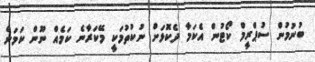
ބުނުމުން ސުޕްރީމް ކޯޓުން އެކަމާ ދެކޮޅަށް ނުކުތުމަކީ މޭކަރާނެ ކަމެއް ނޫން ކަމަށް